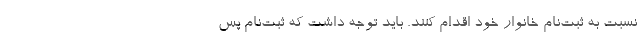
نسبت به ثبت‌نام خانوار خود اقدام کنند. باید توجه داشت که ثبت‌نام پس